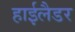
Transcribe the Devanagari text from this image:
हाईलैडर